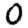
Digit: 0